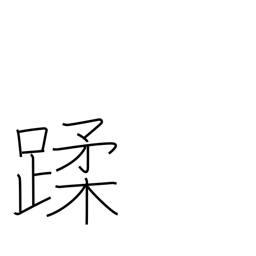
Meaning: step on